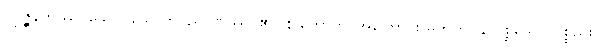
ဥပ္ပဇ္ဇနကဿ၊ သော။ သောတဝိညာဏဿ၊ ၏။ န ဟောတု၊ အကြောင်း မဟုတ်။ န ပစ္စယော၊ ပစ္စည်း